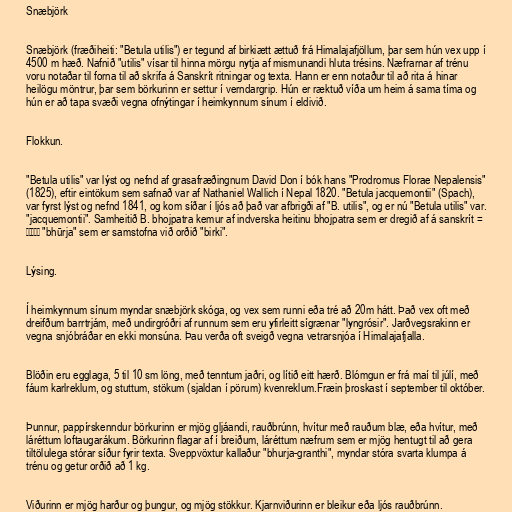
Snæbjörk

Snæbjörk (fræðiheiti: "Betula utilis") er tegund af birkiætt ættuð frá Himalajafjöllum, þar sem hún vex upp í
4500 m hæð. Nafnið "utilis" vísar til hinna mörgu nytja af mismunandi hluta trésins. Næfrarnar af trénu
voru notaðar til forna til að skrifa á Sanskrít ritningar og texta. Hann er enn notaður til að rita á hinar
heilögu möntrur, þar sem börkurinn er settur í verndargrip. Hún er ræktuð víða um heim á sama tíma og
hún er að tapa svæði vegna ofnýtingar í heimkynnum sínum í eldivið.

Flokkun.

"Betula utilis" var lýst og nefnd af grasafræðingnum David Don í bók hans "Prodromus Florae Nepalensis"
(1825), eftir eintökum sem safnað var af Nathaniel Wallich í Nepal 1820. "Betula jacquemontii" (Spach),
var fyrst lýst og nefnd 1841, og kom síðar í ljós að það var afbrigði af "B. utilis", og er nú "Betula utilis" var.
"jacquemontii". Samheitið B. bhojpatra kemur af indverska heitinu bhojpatra sem er dregið af á sanskrít =
भूर्ज "bhūrja" sem er samstofna við orðið "birki".

Lýsing.

Í heimkynnum sínum myndar snæbjörk skóga, og vex sem runni eða tré að 20m hátt. Það vex oft með
dreifðum barrtrjám, með undirgróðri af runnum sem eru yfirleitt sígrænar "lyngrósir". Jarðvegsrakinn er
vegna snjóbráðar en ekki monsúna. Þau verða oft sveigð vegna vetrarsnjóa í Himalajafjalla.

Blöðin eru egglaga, 5 til 10 sm löng, með tenntum jaðri, og lítið eitt hærð. Blómgun er frá maí til júlí, með
fáum karlreklum, og stuttum, stökum (sjaldan í pörum) kvenreklum.Fræin þroskast í september til október.

Þunnur, pappírskenndur börkurinn er mjög gljáandi, rauðbrúnn, hvítur með rauðum blæ, eða hvítur, með
láréttum loftaugarákum. Börkurinn flagar af í breiðum, láréttum næfrum sem er mjög hentugt til að gera
tiltölulega stórar síður fyrir texta. Sveppvöxtur kallaður "bhurja-granthi", myndar stóra svarta klumpa á
trénu og getur orðið að 1 kg.

Viðurinn er mjög harður og þungur, og mjög stökkur. Kjarnviðurinn er bleikur eða ljós rauðbrúnn.